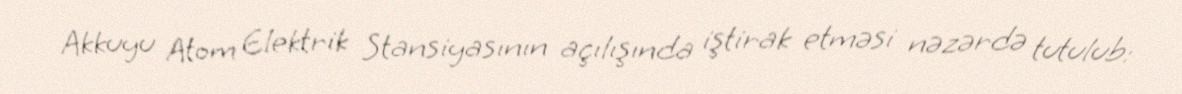
Akkuyu Atom Elektrik Stansiyasının açılışında iştirak etməsi nəzərdə tutulub: